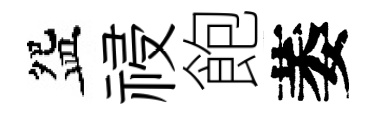
盌祲飽萎